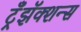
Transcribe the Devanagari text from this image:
ट्रँझॅक्शन्स